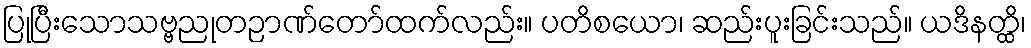
ပြုပြီးသောသဗ္ဗညုတဉာဏ်တော်ထက်လည်း။ ပတိစယော၊ ဆည်းပူးခြင်းသည်။ ယဒိနတ္ထိ၊